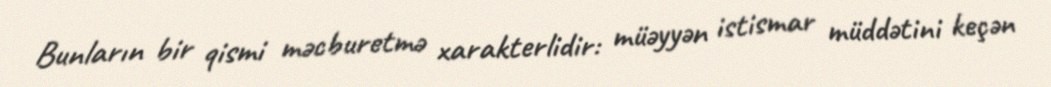
Bunların bir qismi məcburetmə xarakterlidir: müəyyən istismar müddətini keçən